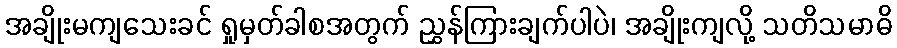
အချိုးမကျသေးခင် ရှုမှတ်ခါစအတွက် ညွှန်ကြားချက်ပါပဲ၊ အချိုးကျလို့ သတိသမာဓိ